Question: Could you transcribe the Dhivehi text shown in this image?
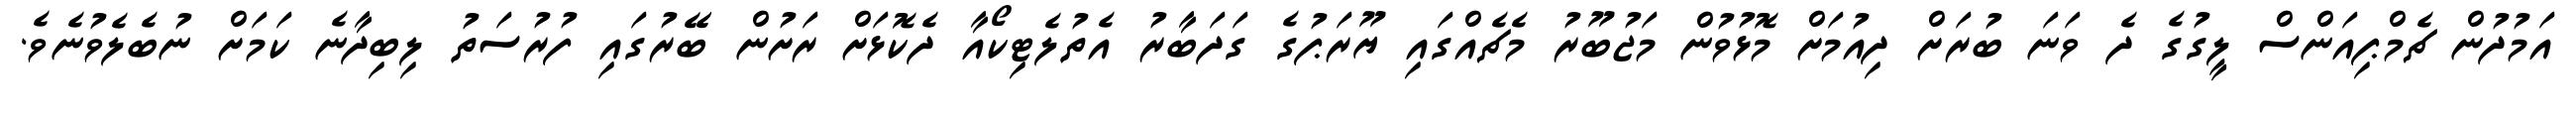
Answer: އަމުދުން ޗެމްޕިއަންސް ލީގުގެ ދެ ވަނަ ބުރަށް ދިއުމަށް މޮޅުވުން މަޖުބޫރު މެޗެއްގައި ޔޫރަޕުގެ ގަދަބާރު އެތުލެޓިކޯއާ ދެކޮޅަށް ރަށުން ބޭރުގައި ފުރުސަތު ލިބިދާނެ ކަމަށް ނުބެލެވުނެވެ.